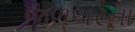
જળચરના